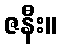
ဇနီး။